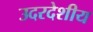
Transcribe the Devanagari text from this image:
उदरदेशीय